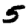
Digit: 5